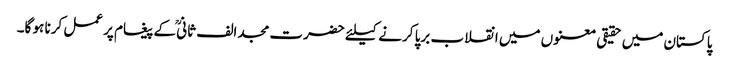
پاکستان میں حقیقی معنوں میں انقلاب برپا کرنے کیلئے حضرت مجد الف ثانیؒ کے پیغام پر عمل کرنا ہو گا۔